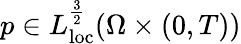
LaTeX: p\in L_{\mathrm{loc}}^{\frac{3}{2}}(\Omega\times(0,T))